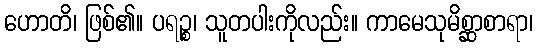
ဟောတိ၊ ဖြစ်၏။ ပရဉ္စ၊ သူတပါးကိုလည်း။ ကာမေသုမိစ္ဆာစာရာ၊